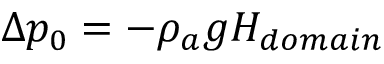
\Delta p _ { 0 } = - \rho _ { a } g H _ { d o m a i n }